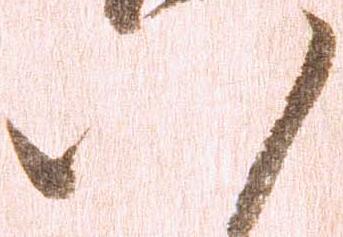
八